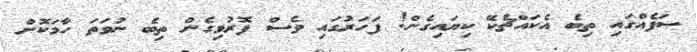
ޞަފެއްގައި ތިބެ އެކައްޗެކޭ ކިޔައިގެން! ފަހަރުގައި ވެސް ފޮރުވިގެން ތިބެ ނުވަތަ ހާމަކޮށް